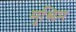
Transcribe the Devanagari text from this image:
मुश्लिम